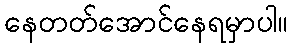
နေတတ်အောင်နေရမှာပါ။